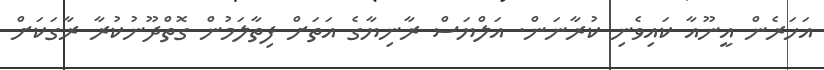
އަހަރެން އީނޫއާ ކައިވެނި ކުރާނަން. އަލްޔަސް ރާނިޔާގެ އަތަށް ފިތާލަމުން ގޮތްދޫނުކުރާ ރާގަކަށް